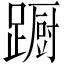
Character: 蹰